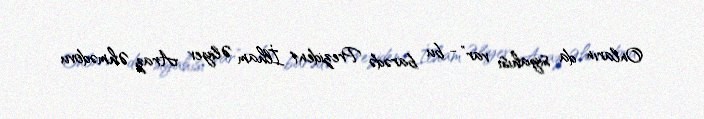
Onların da siyahısı var” - bu barədə Prezident İlham Əliyev Araz Əhmədovu